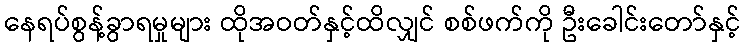
နေရပ်စွန့်ခွာရမှုများ ထိုအဝတ်နှင့်ထိလျှင် စစ်ဖက်ကို ဦးခေါင်းတော်နှင့်